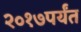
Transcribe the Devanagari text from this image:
२०१७पर्यंत